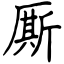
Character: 厮